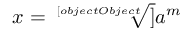
x = { \sqrt [ [object Object] ] { a ^ { m } } }